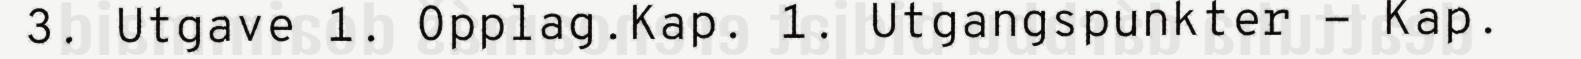
3. Utgave 1. Opplag.Kap. 1. Utgangspunkter - Kap.